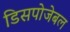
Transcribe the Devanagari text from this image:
डिसपोजेबल